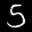
Label: 5